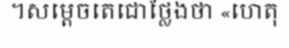
។សម្តេចតេជោថ្លែងថា «ហេតុ